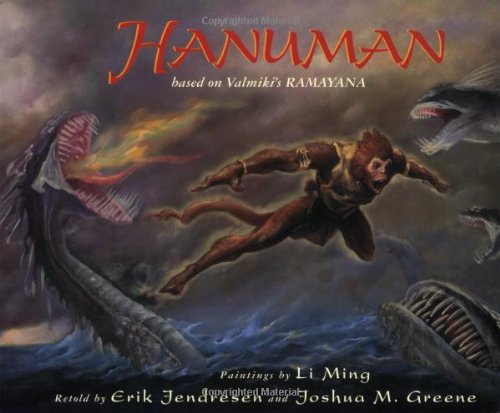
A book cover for Hanuman,  paper; Joshua M. Greene; Children's Books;